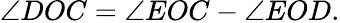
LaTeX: \angle DOC=\angle EOC-\angle EOD.